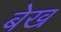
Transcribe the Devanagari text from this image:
बेख